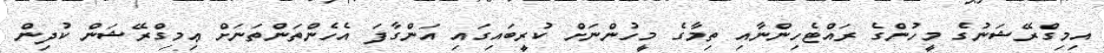
އިމިގްރޭޝަނުގެ މީހުންގެ ރައްޓެހިންނާއި ތިމާގެ މީހުންނަށް ކުރީބައިގައި އަންގާފަ އެހެންތަންތަނަށް ޢިމިގްރޭޝަން ކުދިން